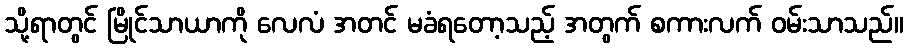
သို့ရာတွင် မြိုင်သာယာကို လေလံ အတင် မခံရတော့သည့် အတွက် စကားလက် ဝမ်းသာသည်။